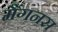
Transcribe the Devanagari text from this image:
मैंगनस